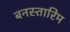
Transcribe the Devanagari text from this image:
बनस्तारिम